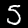
Label: 3